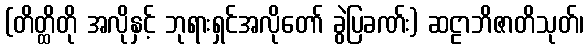
(တိတ္ထိတို အလိုနှင့် ဘုရားရှင်အလိုတော် ခွဲပြခဏ်း) ဆဠာဘိဇာတိသုတ်၊